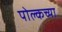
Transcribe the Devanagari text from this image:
पोल्कच्या